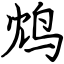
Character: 鸩